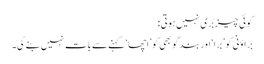
کوئی چیز بُری نہیں ہوتی:
براؤنی کو ’بُرا‘ اور بند گوبھی کو ’اچھا‘ کہنے سے بات نہیں بنے گی۔